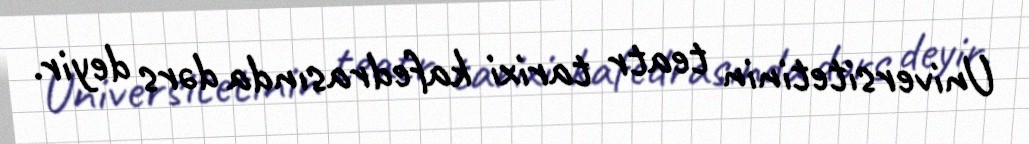
Universitetinin teatr tarixi kafedrasında dərs deyir.